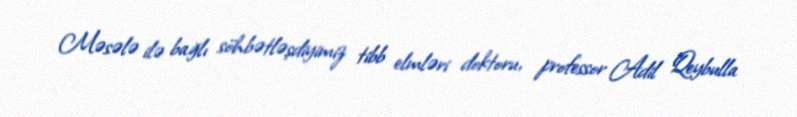
Məsələ ilə bağlı söhbətləşdiyimiz tibb elmləri doktoru, professor Adil Qeybulla